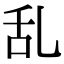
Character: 乱